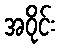
အဝိုင်း